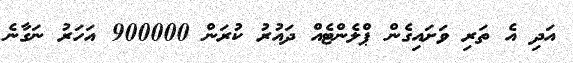
އަދި އެ ތަރި ވަށައިގެން ޕްލެންޓެއް ދައުރު ކުރަން 900000 އަހަރު ނަގާނެ